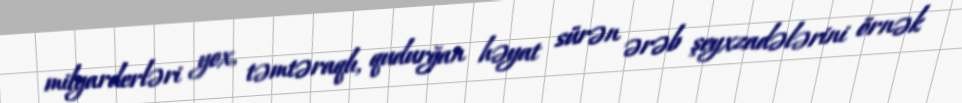
milyarderləri yox, təmtəraqlı, qudurğan həyat sürən ərəb şeyxzadələrini örnək